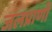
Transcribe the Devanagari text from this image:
जलप्राणी